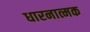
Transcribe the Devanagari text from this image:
धारनात्मक